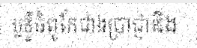
ឫទ្ធិធំពូកែជាងប្រាជ្ញានិង